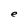
Character: e